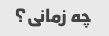
چه زمانی؟